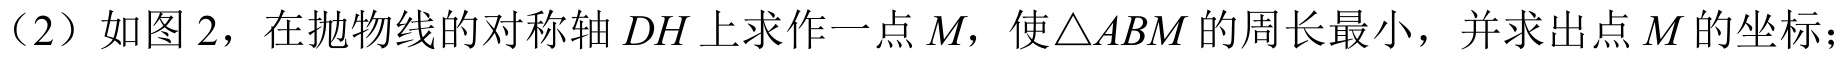
（2）如图 2，在抛物线的对称轴\(DH\)上求作一点\(M\)，使\(\triangle ABM\)的周长最小，并求出点\(M\)的坐标；